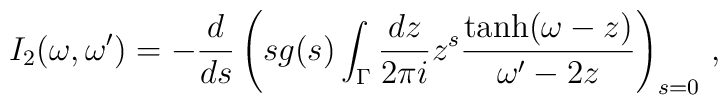
I_2(\omega,\omega^\prime)=-\frac{d}{ds}\left(sg(s)\int_\Gamma\frac{dz}{2\pi i} z^s\frac{\tanh(\omega-z)}{\omega^\prime-2z}\right)_{s=0}\,,